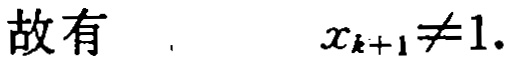
故有 \(x_{k + 1} \neq 1\).